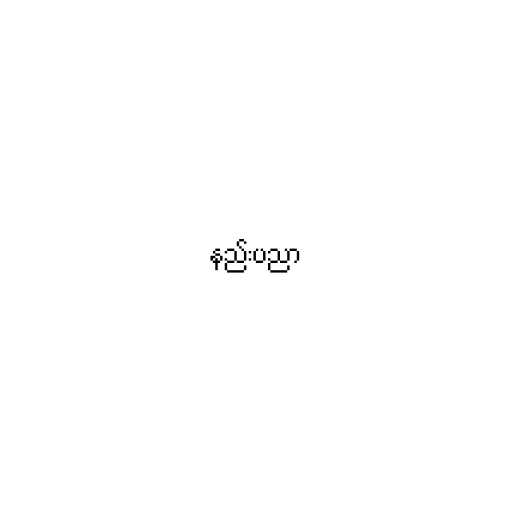
နည်းပညာ